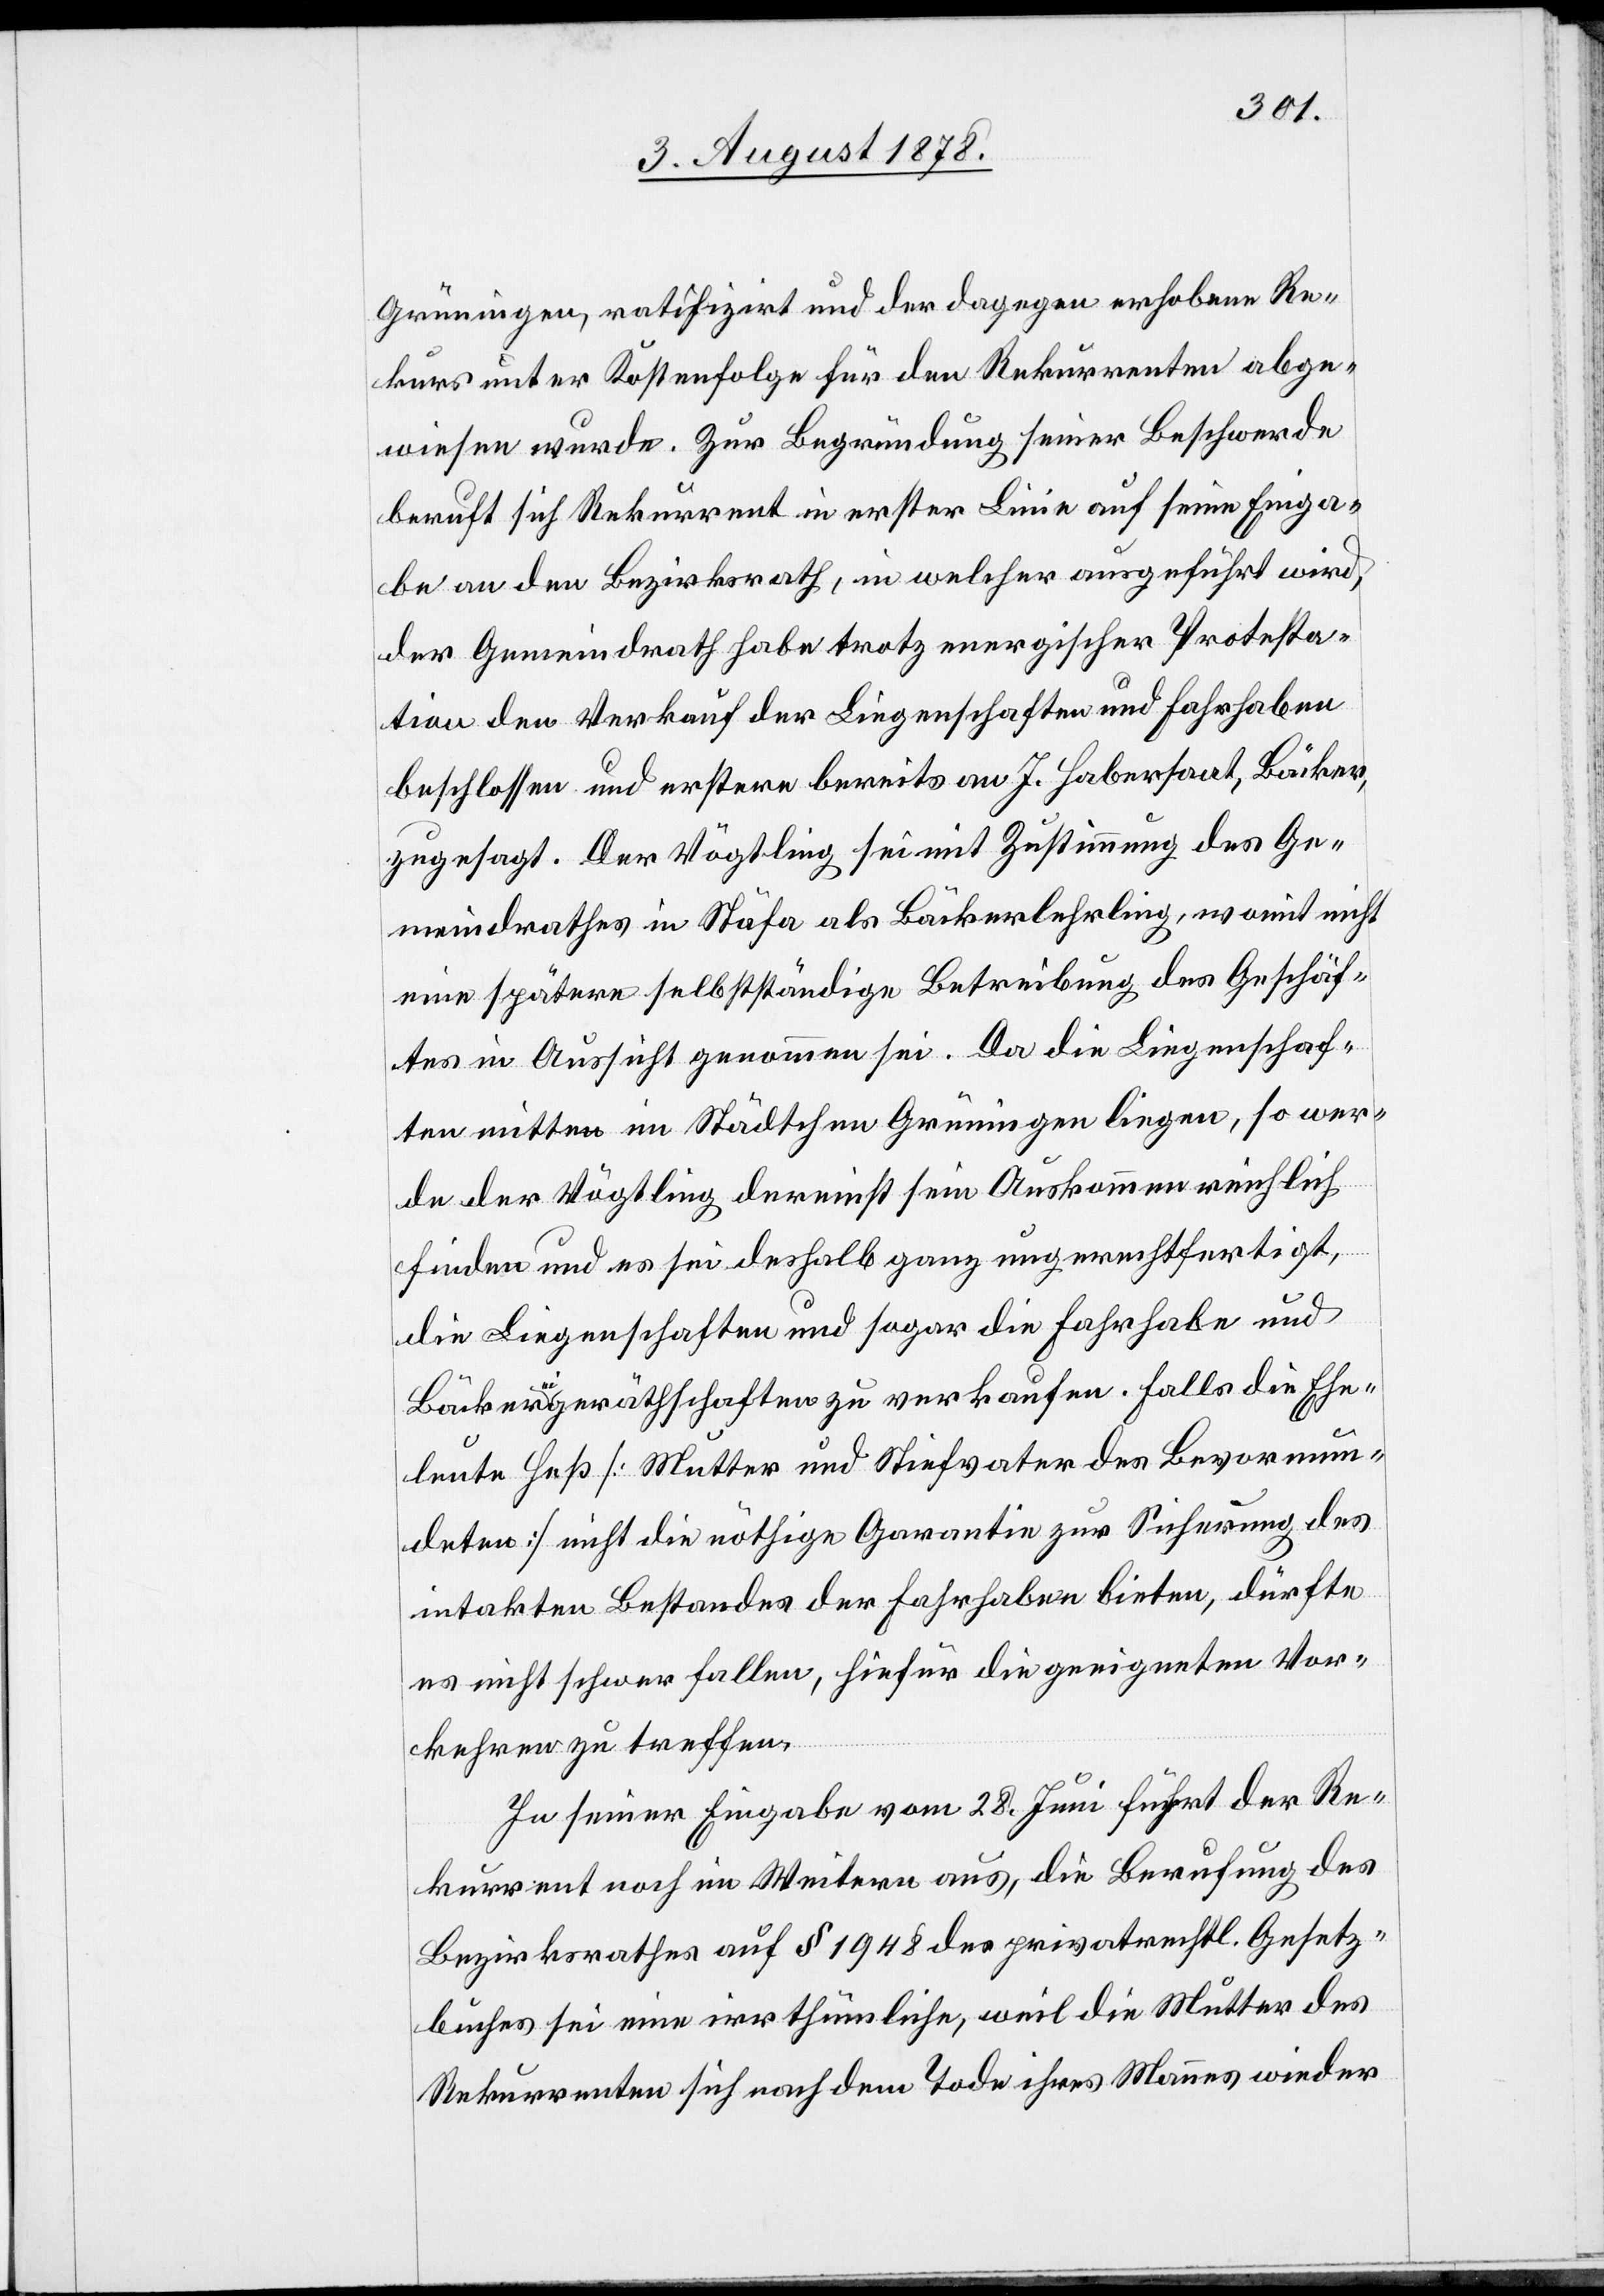
Grüningen, ratifizirt und der dagegen erhobene Re¬
kurs unter Kostenfolge für den Rekurrenten abge¬
wiesen wurde. Zur Begründung seiner Beschwerde
beruft sich Rekurrent in erster Linie auf seine Einga¬
be an den Bezirksrath, in welcher ausgeführt wird,
der Gemeindrath habe trotz energischer Protesta¬
tion den Verkauf der Liegenschaften und Fahrhaben
beschlossen und erstere bereits an J. Habersaat, Bäcker,
zugesagt. Der Vögtling sei mit Zustimmung des Ge¬
meindrathes in Stäfa als Bäckerlehrling, womit nicht
eine spätere selbstständige Betreibung des Geschäf¬
tes in Aussicht genommen sei. [sic!] Da die Liegenschaf¬
ten mitten im Städtchen Grüningen liegen, so wer¬
de der Vögtling dereinst sein Auskommen reichlich
finden und es sei deshalb ganz ungerechtfertigt,
die Liegenschaften und sogar die Fahrhabe und
Bäckereigeräthschaften zu verkaufen. Falls die Ehe¬
leute Heß [Mutter und Stiefvater des Bevormun¬
deten] nicht die nöthige Garantie zur Sicherung des
intakten Bestandes der Fahrhabe bieten, dürfte
es nicht schwer fallen, hiefür die geeigneten Vor¬
kehren zu treffen.
In seiner Eingabe vom 28. Juni führt der Re¬
kurrent noch im Weitern aus, die Berufung des
Bezirksrathes auf § 1948 des privatrechtl. Gesetz¬
buches sei eine irrthümliche, weil die Mutter des
Rekurrenten sich nach dem Tode ihres Mannes wieder